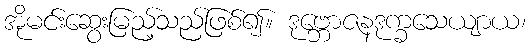
အိုမင်းဆွေးမြည့်သည်ဖြစ်၍။ ဒုဗ္ဘောဇနဒုက္ခသေယျာယ၊